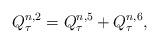
LaTeX: \begin{align*} Q^{n,2} _\tau =Q^{n,5} _\tau +Q^{n,6} _\tau, \end{align*}